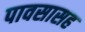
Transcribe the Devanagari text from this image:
पावसासह